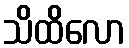
သိထိလော